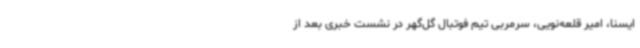
ایسنا، امیر قلعه‌نویی، سرمربی تیم فوتبال گل‌گهر در نشست خبری بعد از